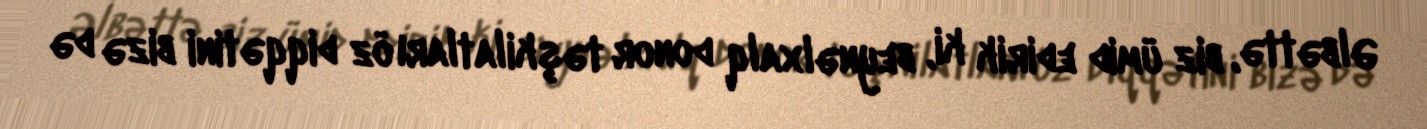
Əlbəttə, biz ümid edirik ki, beynəlxalq donor təşkilatları öz diqqətini bizə də